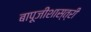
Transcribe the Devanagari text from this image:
बापूजीशास्त्री